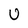
Character: U